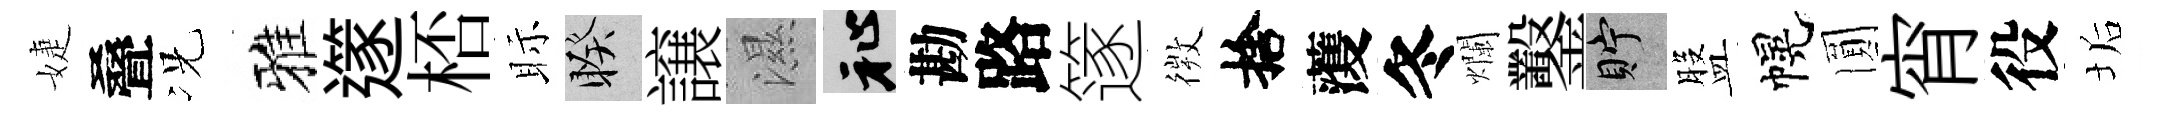
婕叠况雅𨗹桮眎睽譲濕祉勘路篴𢕄捨𮑮冬爛鑿貯盤幌圎宵役垢